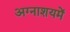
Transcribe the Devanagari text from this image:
अग्नाशयमें